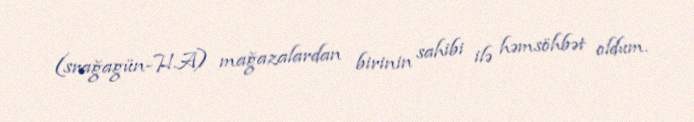
(srağagün-H.A) mağazalardan birinin sahibi ilə həmsöhbət oldum.